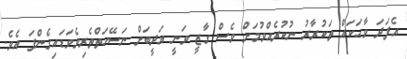
އެފަދަ ވާހަކައް ތަކުރާރު ނުކުރެއްވުމަށް ވެސް ގާޒީ ވަނީ އަދީބަށް ނަސޭހަތްތެރިވެވަޑައިގެންފަ އެވެ.